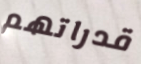
قدراتهم